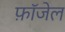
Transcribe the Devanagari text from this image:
फ़ॉजेल